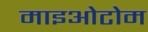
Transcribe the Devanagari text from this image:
माइओटोम